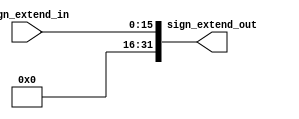
`timescale 1ns / 1ps
//////////////////////////////////////////////////////////////////////////////////
// Company: 
// Engineer: 
// 
// Design Name: 
// Module Name: Sign_extend
// Project Name: 
// Target Devices: 
// Tool Versions: 
// Description: 
// 
// Dependencies: 
// 
// Revision:
// Revision 0.01 - File Created
// Additional Comments:
// 
//////////////////////////////////////////////////////////////////////////////////


module Sign_extend
#(
    parameter Width_in = 16,
    parameter Width_out = 32
)
(
    input [Width_in - 1 :0] sign_extend_in,
    output [Width_out - 1 :0] sign_extend_out
    );
    
assign sign_extend_out = sign_extend_in;
    
endmodule